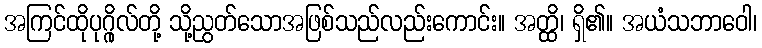
အကြင်ထိုပုဂ္ဂိုလ်တို့ သို့ညွတ်သောအဖြစ်သည်လည်းကောင်း။ အတ္ထိ၊ ရှိ၏။ အယံသဘာဝေါ၊